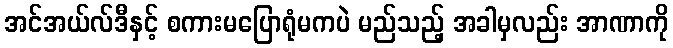
အင်အယ်လ်ဒီနှင့် စကားမပြောရုံမကပဲ မည်သည့် အခါမှလည်း အာဏာကို